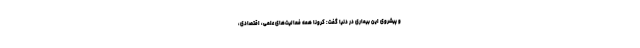
و پیشروی این بیماری در دنیا گفت: کرونا همه فعالیت‌های علمی، اقتصادی،